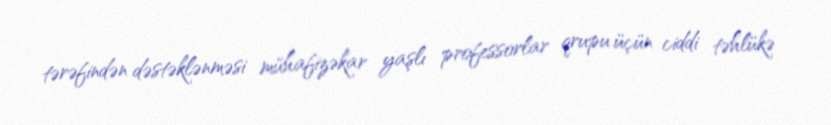
tərəfindən dəstəklənməsi mühafizəkar yaşlı professorlar qrupu üçün ciddi təhlükə